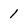
Character: 1